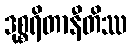
ဒုစ္စရိတာနီတိဿ